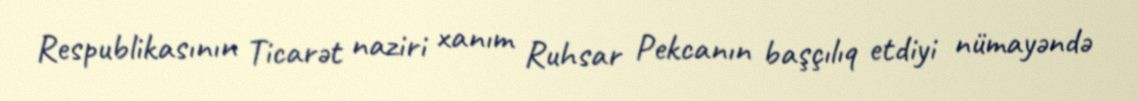
Respublikasının Ticarət naziri xanım Ruhsar Pekcanın başçılıq etdiyi nümayəndə